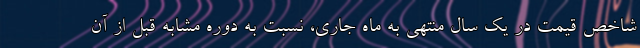
شاخص قیمت در یک سال منتهی به ماه جاری، نسبت به دوره مشابه قبل از آن